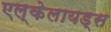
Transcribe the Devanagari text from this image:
एल्केलायड्स